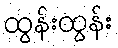
ထွန်းထွန်း